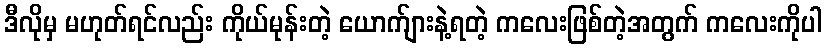
ဒီလိုမှ မဟုတ်ရင်လည်း ကိုယ်မုန်းတဲ့ ယောက်ျားနဲ့ရတဲ့ ကလေးဖြစ်တဲ့အတွက် ကလေးကိုပါ